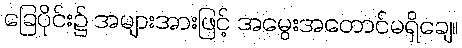
ခြေပိုင်း၌ အများအားဖြင့် အမွေးအတောင်မရှိချေ။